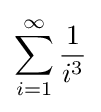
\sum _{i=1}^{\infty }{\frac {1}{i^{3}}}